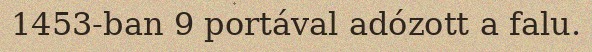
1453-ban 9 portával adózott a falu.